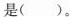
是( )。